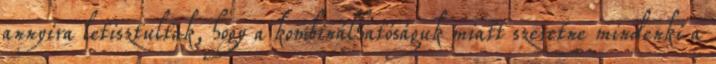
annyira letisztultak, hogy a kombinálhatóságuk miatt szeretne mindenki a